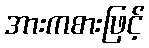
အားကစားဖြင့်